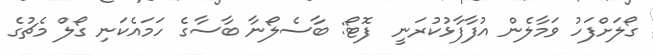
ގޯލަށްފަހު ވަމާލެން އުފާފާޅުކުރަނީ  ފޮޓޯ: ބާސެލޯނާ ބާސާގެ ހަމައެކަނި ގޯލް މެޗުގެ